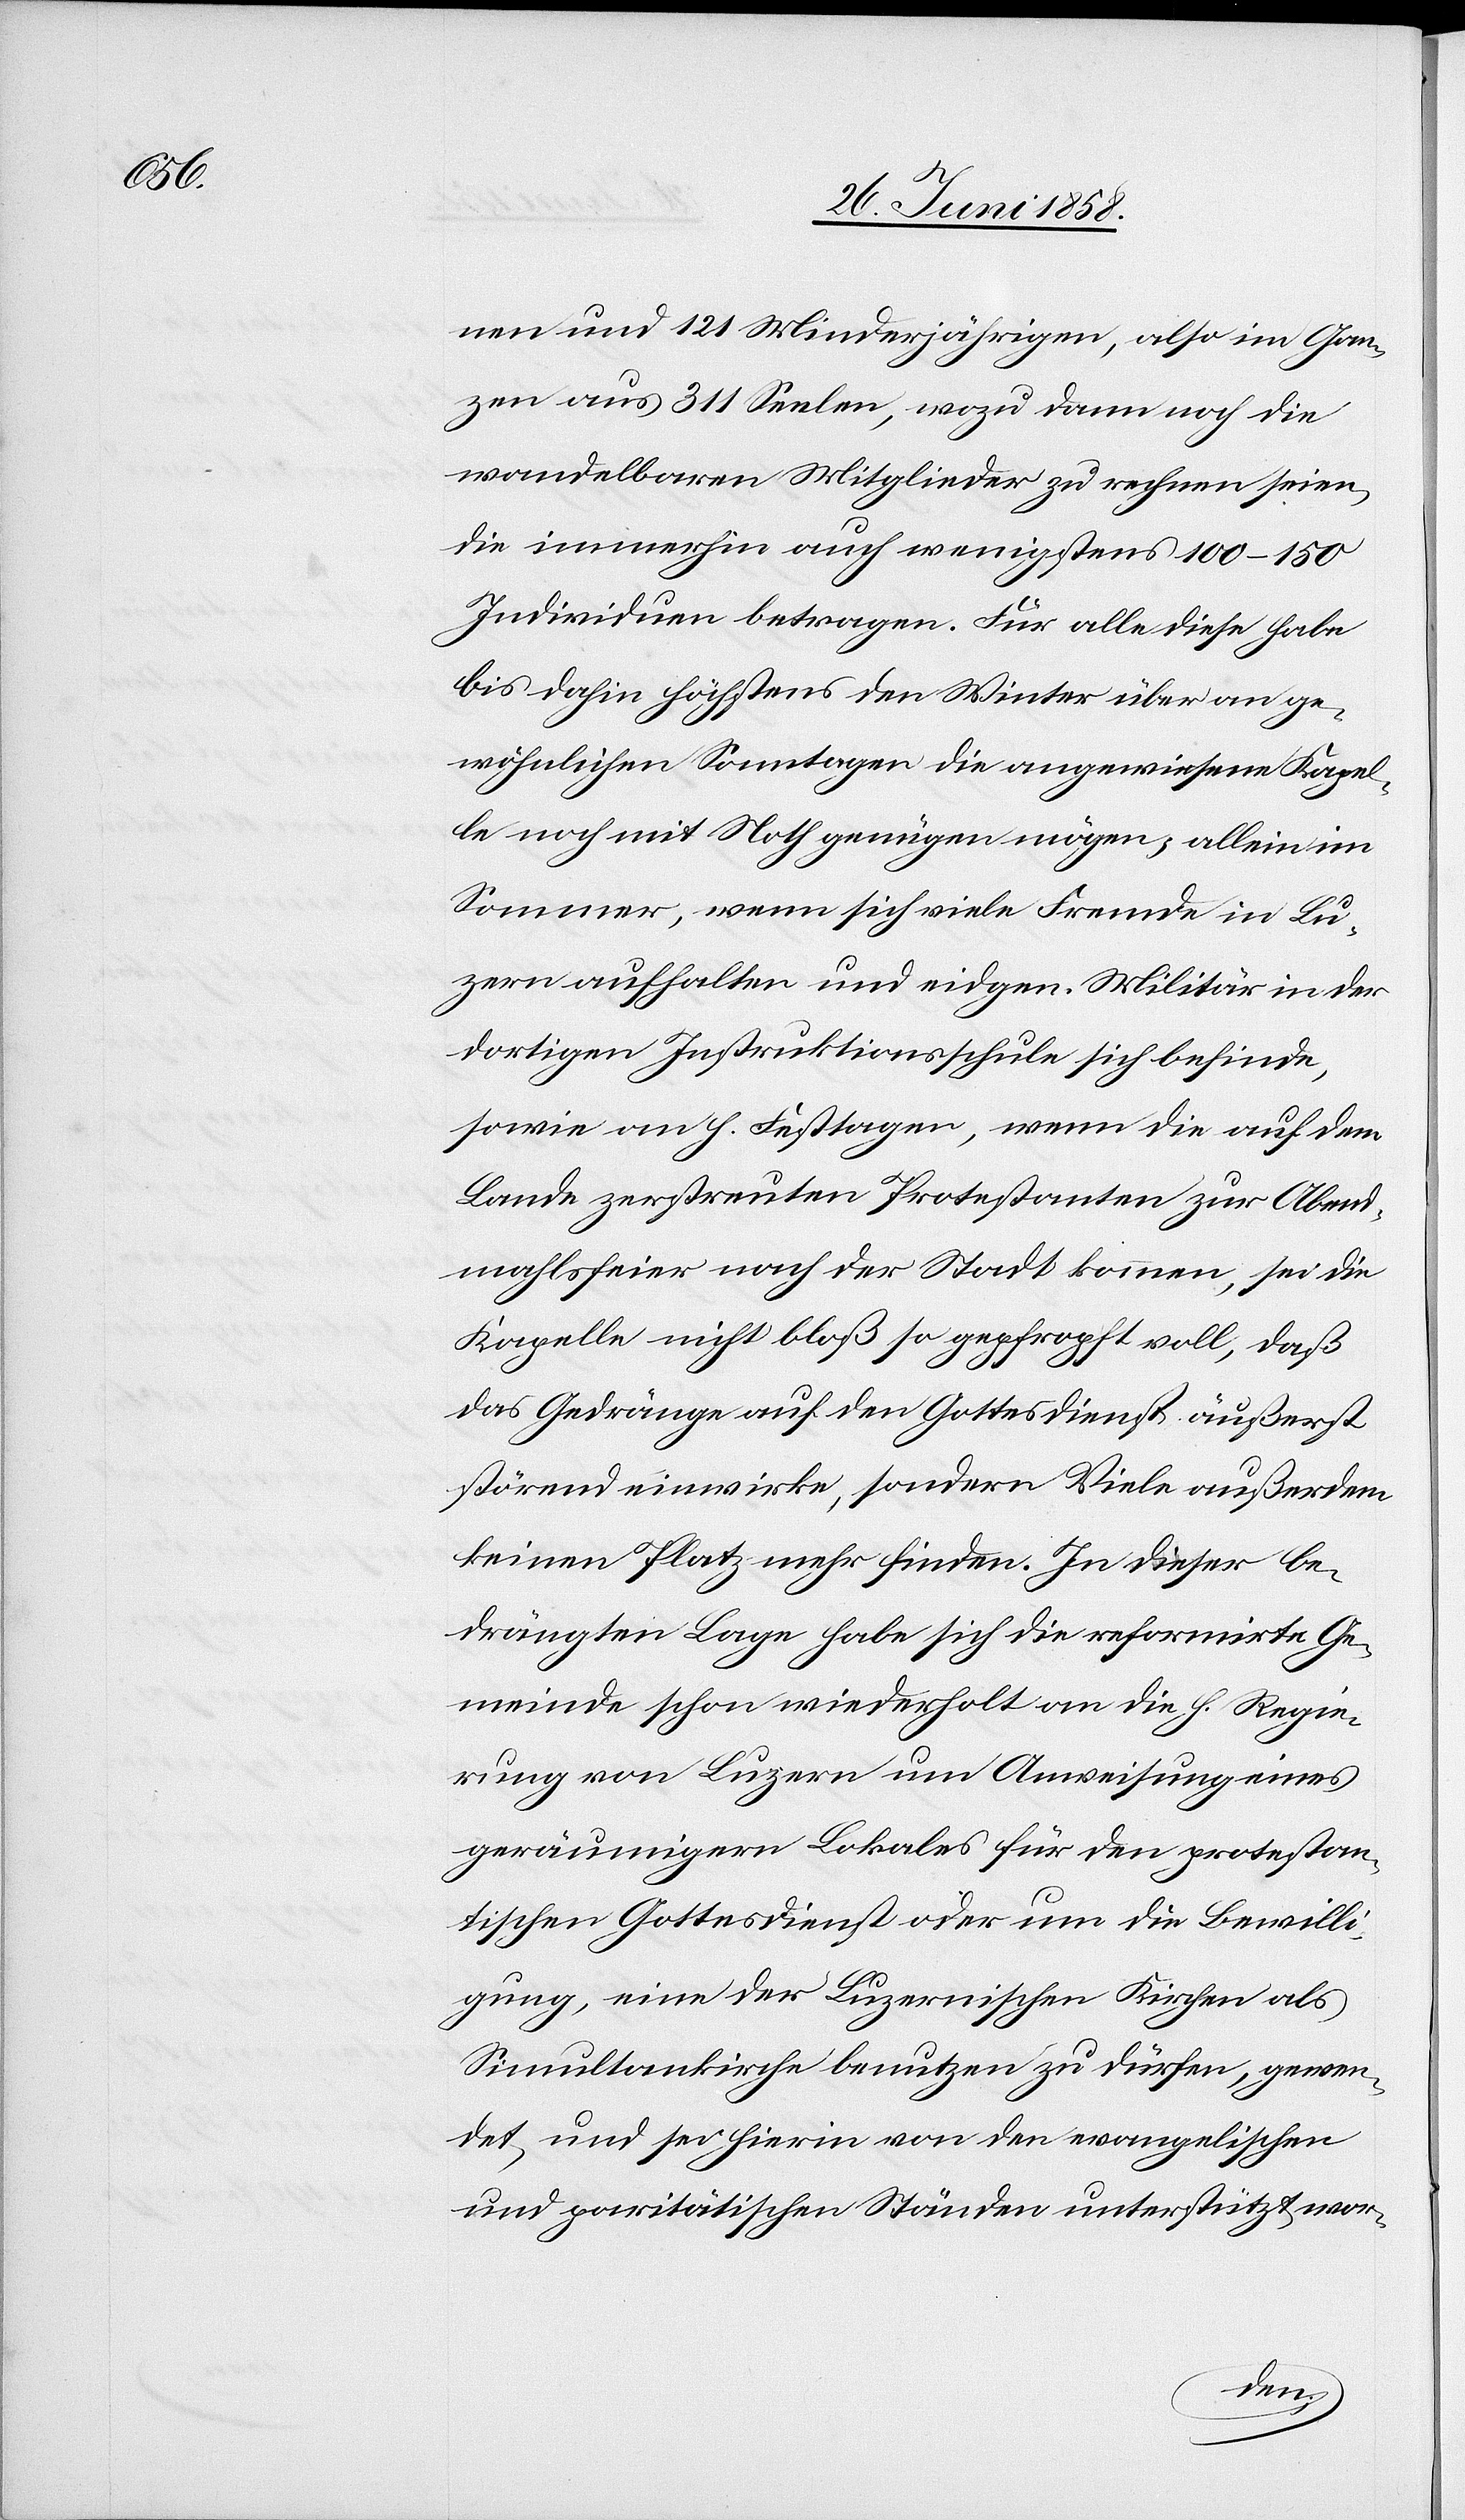
nen und 121 Minderjährigen, also im Gan¬
zen aus 311 Seelen, wozu dann noch die
wandelbaren Mitglieder zu rechnen seien,
die immerhin auch wenigstens 100–150
Individuen betragen. Für alle diese habe
bis dahin höchstens den Winter über an ge¬
wöhnlichen Sonntagen die angewiesene Kapel¬
le noch mit Noth genügen mögen; allein im
Sommer, wenn sich viele Fremde in Lu¬
zern aufhalten und eidgen. Militär in der
dortigen Instruktionsschule sich befinde,
sowie an h. Festtagen, wenn die auf dem
Lande zerstreuten Protestanten zur Abend¬
mahlsfeier nach der Stadt kommen, sei die
Kapelle nicht bloß so gepfropft voll, daß
das Gedränge auf den Gottesdienst äußerst
störend einwirke, sondern Viele außerdem
keinen Platz mehr finden. In dieser be¬
drängten Lage habe sich die reformirte Ge¬
meinde schon wiederholt an die h. Regie¬
rung von Luzern um Anweisung eines
geräumigern Lokales für den protestan¬
tischen Gottesdienst oder um die Bewilli¬
gung, eine der Luzernischen Kirchen als
Simultankirche benutzen zu dürfen, gewen¬
det und sei hierin von den evangelischen
und paritätischen Ständen unterstützt wor-